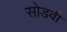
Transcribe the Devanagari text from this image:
सोडवी